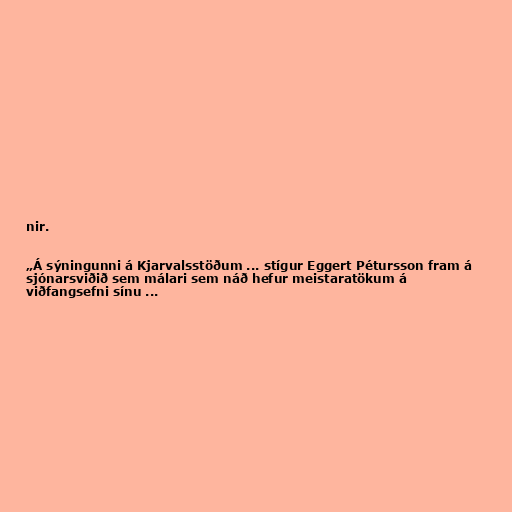
nir.

„Á sýningunni á Kjarvalsstöðum ... stígur Eggert Pétursson fram á
sjónarsviðið sem málari sem náð hefur meistaratökum á
viðfangsefni sínu ...